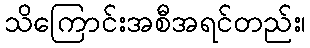
သိကြောင်းအစီအရင်တည်း၊